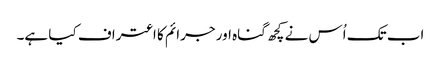
اب تک اُس نے کچھ گناہ اور جرائم کا اعتراف کیا ہے۔